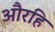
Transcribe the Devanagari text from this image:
औरहि